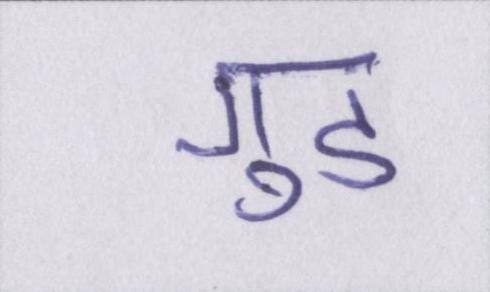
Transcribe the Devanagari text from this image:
गुड